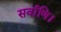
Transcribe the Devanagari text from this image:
सर्वाणि।